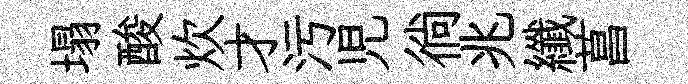
塌酸炊才污児徜兆纖菖